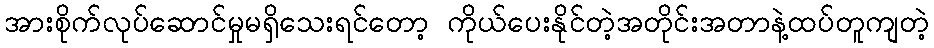
အားစိုက်လုပ်ဆောင်မှုမရှိသေးရင်တော့ ကိုယ်ပေးနိုင်တဲ့အတိုင်းအတာနဲ့ထပ်တူကျတဲ့